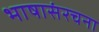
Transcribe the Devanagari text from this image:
भाषासंरचना